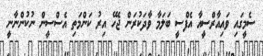
ސެމީގައި ވައިއާރްސީއާ އެފްސީ ބަލަމާ ވާދަކުރަން ޖެހޭ އިރު ކަންމަތި އެސްސީން ނުކުންނާނީ